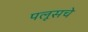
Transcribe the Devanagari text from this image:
पलूसचे